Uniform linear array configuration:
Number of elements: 16
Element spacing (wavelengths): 1
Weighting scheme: hamming
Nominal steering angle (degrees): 0
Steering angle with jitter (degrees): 0.04133
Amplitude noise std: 0.05
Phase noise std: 0.05

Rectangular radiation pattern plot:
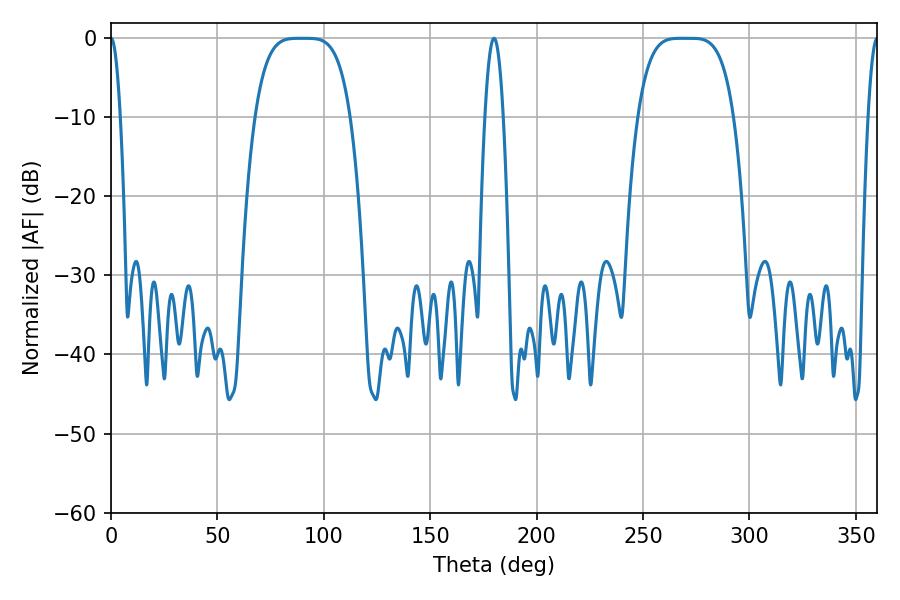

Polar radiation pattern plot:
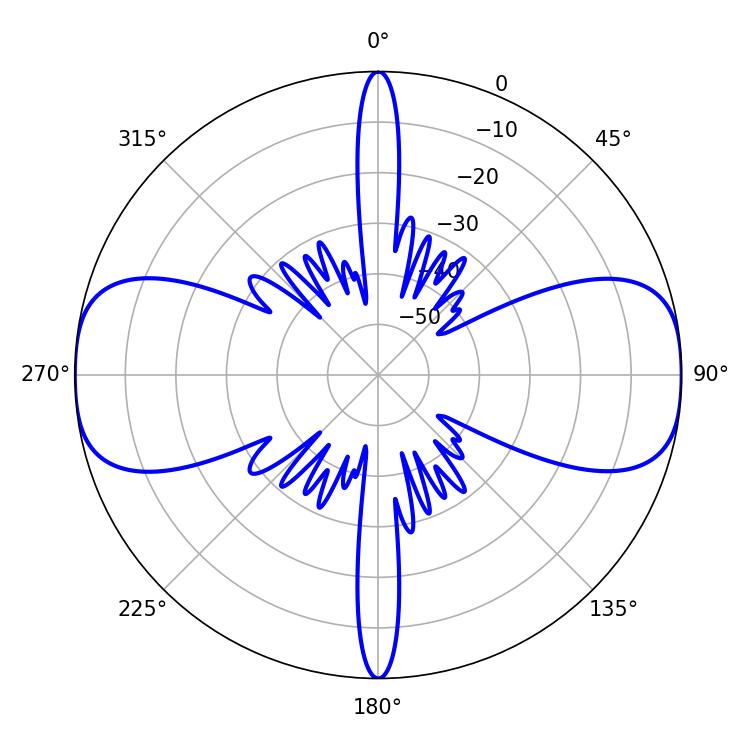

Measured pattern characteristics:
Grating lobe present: TRUE
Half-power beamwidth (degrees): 33.48
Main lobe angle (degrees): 268.38